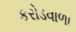
કરોડવાળા